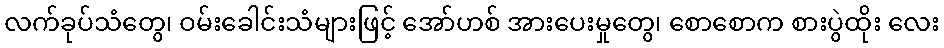
လက်ခုပ်သံတွေ၊ ဝမ်းခေါင်းသံများဖြင့် အော်ဟစ် အားပေးမှုတွေ၊ စောစောက စားပွဲထိုး လေး